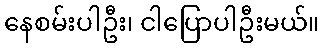
နေစမ်းပါဦး၊ ငါပြောပါဦးမယ်။